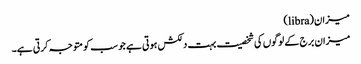
میزان(libra)
میزان برج کے لوگوں کی شخصیت بہت دلکش ہوتی ہے جو سب کو متوجہ کرتی ہے۔